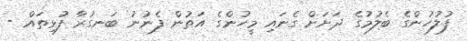
ފުލުހުންގެ ބެލުމުގެ ދަށަށް ގެނައި މީހުންގެ އަތުން ފެނުނު ބަނގުރާ ފުޅިތައް -